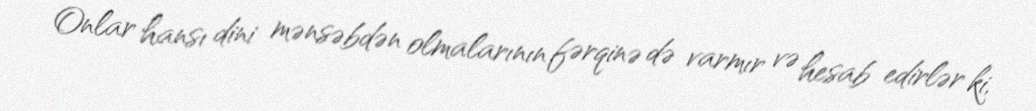
Onlar hansı dini mənsəbdən olmalarının fərqinə də varmır və hesab edirlər ki,